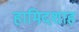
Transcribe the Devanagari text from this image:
हामिदशाह